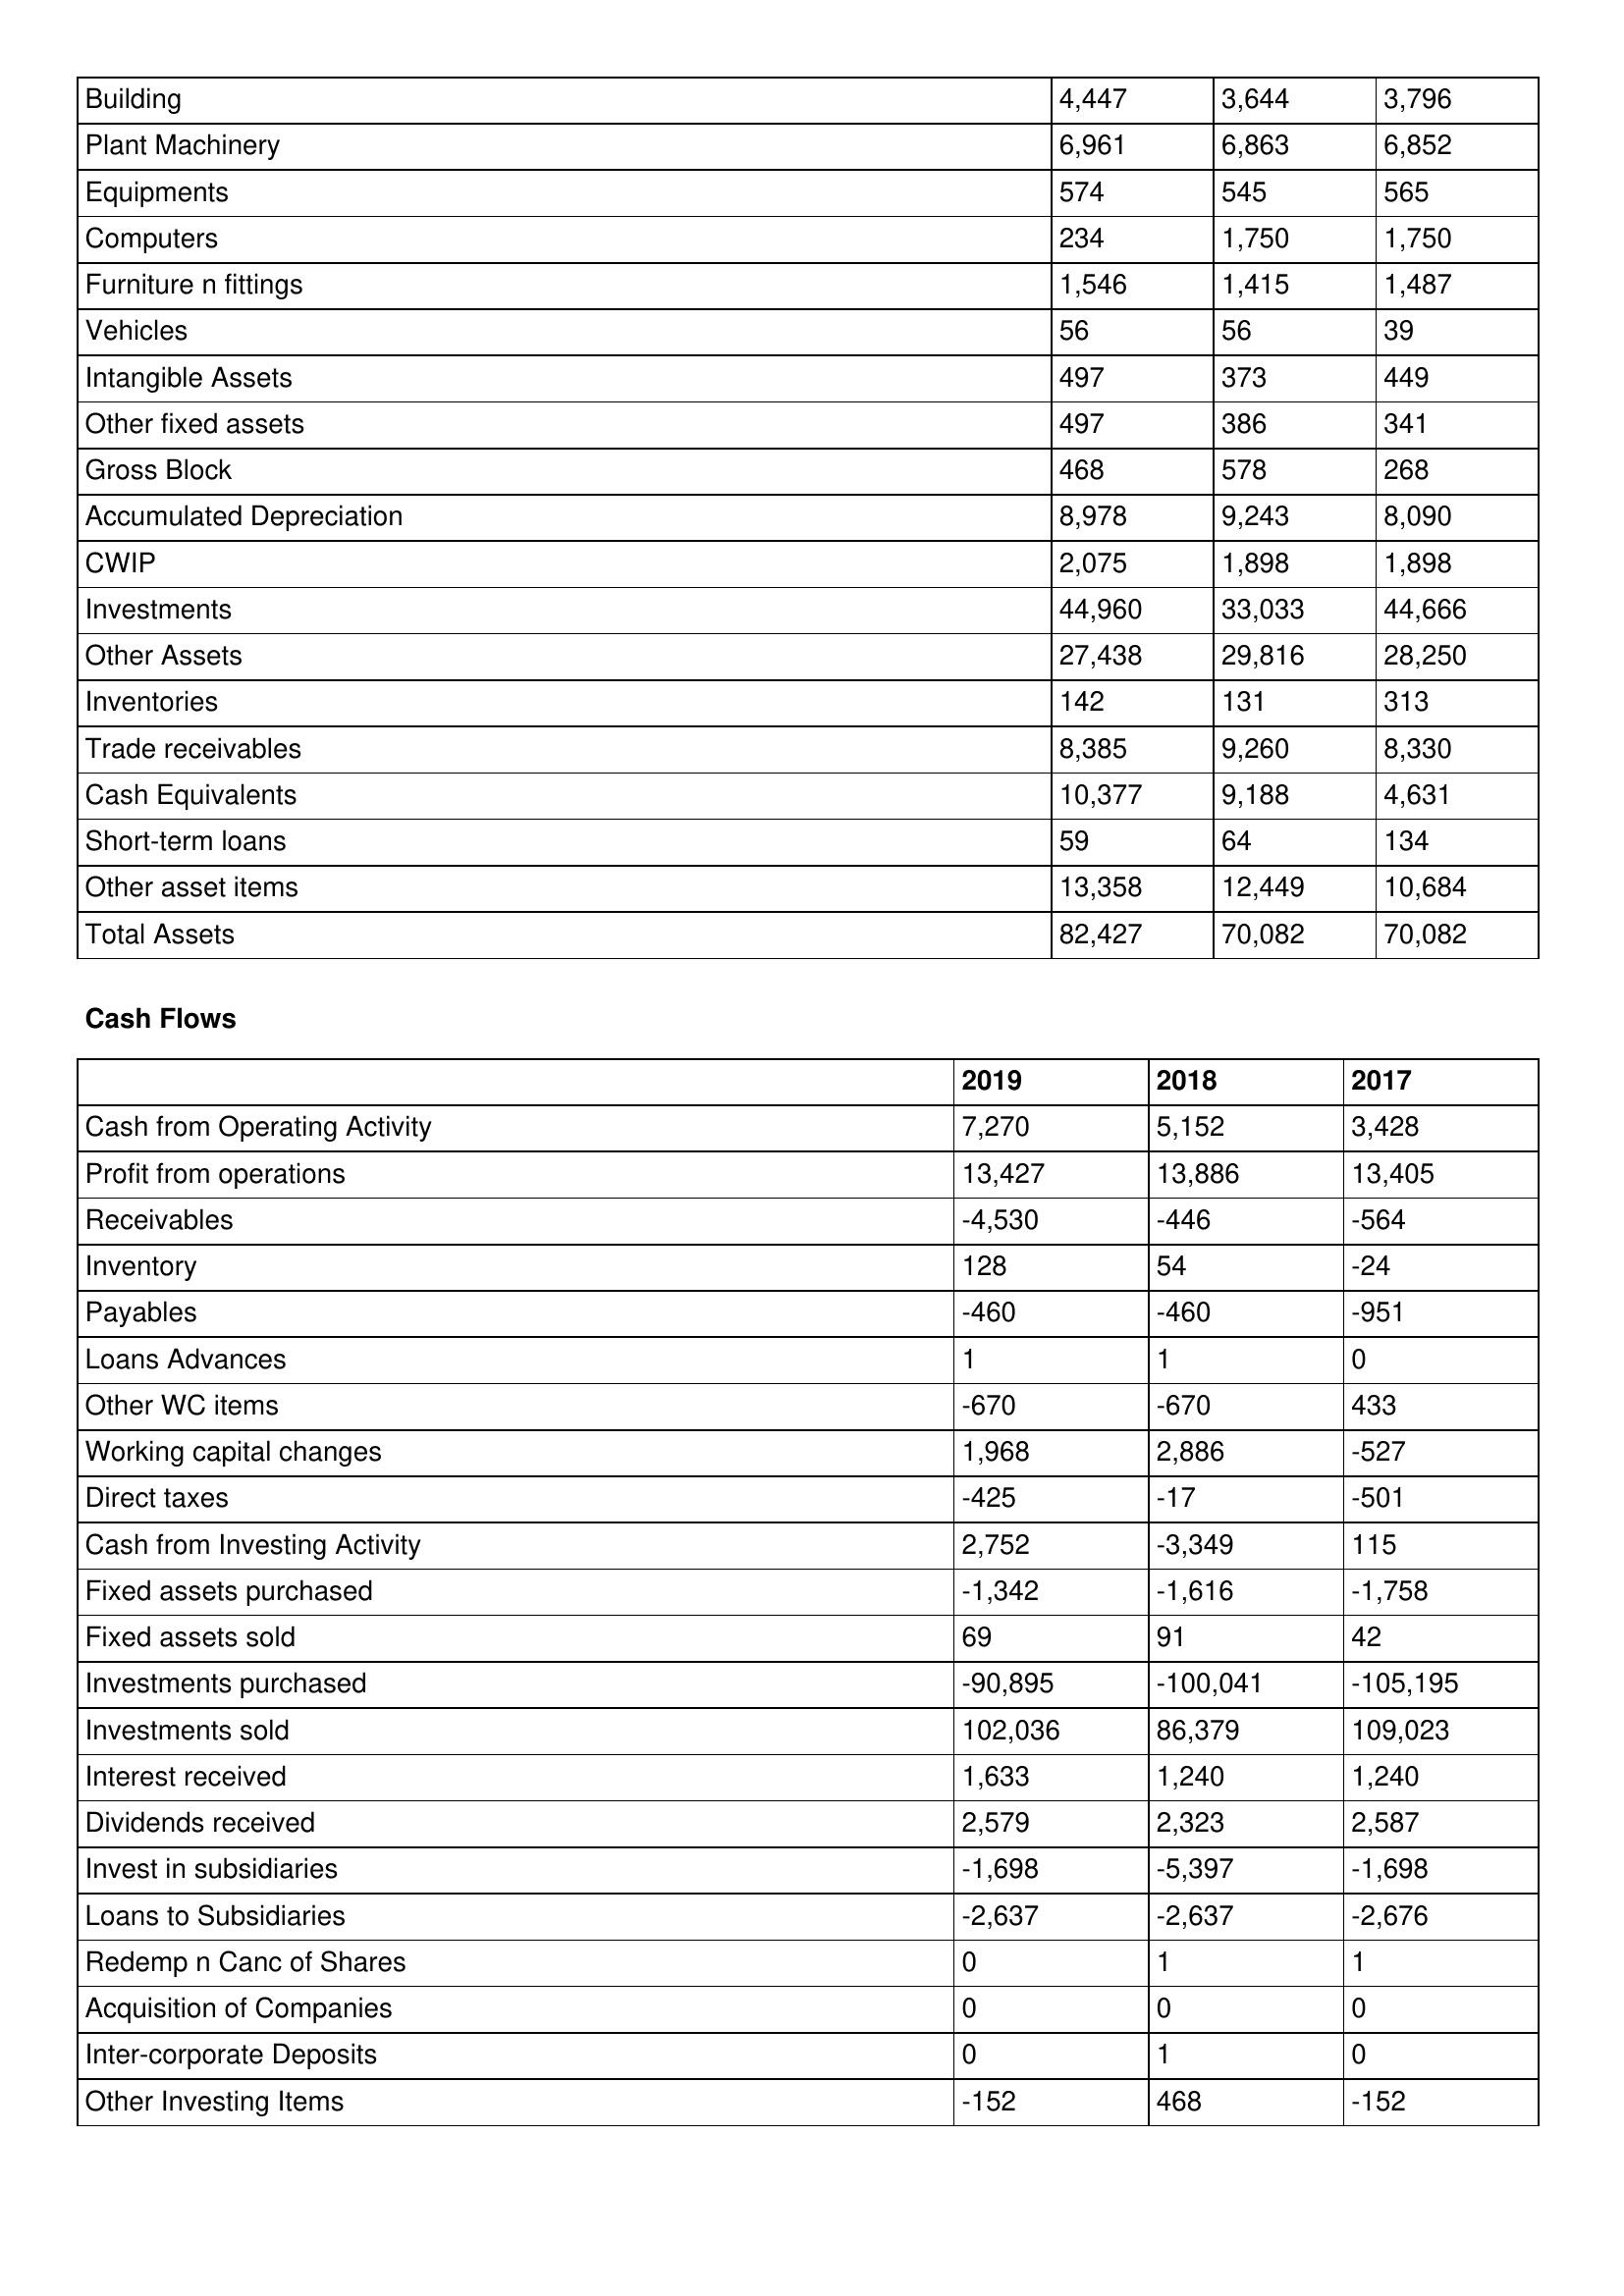
gt_parse: 2019: Balance Sheet: Building: 4,447
Plant Machinery: 6,961
Equipments: 574
Computers: 234
Furniture n fittings: 1,546
Vehicles: 56
Intangible Assets: 497
Other fixed assets: 497
Gross Block: 468
Accumulated Depreciation: 8,978
CWIP: 2,075
Investments: 44,960
Other Assets: 27,438
Inventories: 142
Trade receivables: 8,385
Cash Equivalents: 10,377
Short-term loans: 59
Other asset items: 13,358
Total Assets: 82,427
Cash Flows: Cash from Operating Activity: 7,270
Profit from operations: 13,427
Receivables: -4,530
Inventory: 128
Payables: -460
Loans Advances: 1
Other WC items: -670
Working capital changes: 1,968
Direct taxes: -425
Cash from Investing Activity: 2,752
Fixed assets purchased: -1,342
Fixed assets sold: 69
Investments purchased: -90,895
Investments sold: 102,036
Interest received: 1,633
Dividends received: 2,579
Invest in subsidiaries: -1,698
Loans to Subsidiaries: -2,637
Redemp n Canc of Shares: 0
Acquisition of Companies: 0
Inter-corporate Deposits: 0
Other Investing Items: -152
2018: Balance Sheet: Building: 3,644
Plant Machinery: 6,863
Equipments: 545
Computers: 1,750
Furniture n fittings: 1,415
Vehicles: 56
Intangible Assets: 373
Other fixed assets: 386
Gross Block: 578
Accumulated Depreciation: 9,243
CWIP: 1,898
Investments: 33,033
Other Assets: 29,816
Inventories: 131
Trade receivables: 9,260
Cash Equivalents: 9,188
Short-term loans: 64
Other asset items: 12,449
Total Assets: 70,082
Cash Flows: Cash from Operating Activity: 5,152
Profit from operations: 13,886
Receivables: -446
Inventory: 54
Payables: -460
Loans Advances: 1
Other WC items: -670
Working capital changes: 2,886
Direct taxes: -17
Cash from Investing Activity: -3,349
Fixed assets purchased: -1,616
Fixed assets sold: 91
Investments purchased: -100,041
Investments sold: 86,379
Interest received: 1,240
Dividends received: 2,323
Invest in subsidiaries: -5,397
Loans to Subsidiaries: -2,637
Redemp n Canc of Shares: 1
Acquisition of Companies: 0
Inter-corporate Deposits: 1
Other Investing Items: 468
2017: Balance Sheet: Building: 3,796
Plant Machinery: 6,852
Equipments: 565
Computers: 1,750
Furniture n fittings: 1,487
Vehicles: 39
Intangible Assets: 449
Other fixed assets: 341
Gross Block: 268
Accumulated Depreciation: 8,090
CWIP: 1,898
Investments: 44,666
Other Assets: 28,250
Inventories: 313
Trade receivables: 8,330
Cash Equivalents: 4,631
Short-term loans: 134
Other asset items: 10,684
Total Assets: 70,082
Cash Flows: Cash from Operating Activity: 3,428
Profit from operations: 13,405
Receivables: -564
Inventory: -24
Payables: -951
Loans Advances: 0
Other WC items: 433
Working capital changes: -527
Direct taxes: -501
Cash from Investing Activity: 115
Fixed assets purchased: -1,758
Fixed assets sold: 42
Investments purchased: -105,195
Investments sold: 109,023
Interest received: 1,240
Dividends received: 2,587
Invest in subsidiaries: -1,698
Loans to Subsidiaries: -2,676
Redemp n Canc of Shares: 1
Acquisition of Companies: 0
Inter-corporate Deposits: 0
Other Investing Items: -152